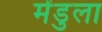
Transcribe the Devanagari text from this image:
मेंडुला